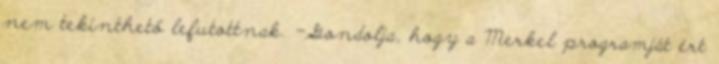
nem tekinthető lefutottnak. -Gondolja, hogy a Merkel programját ért